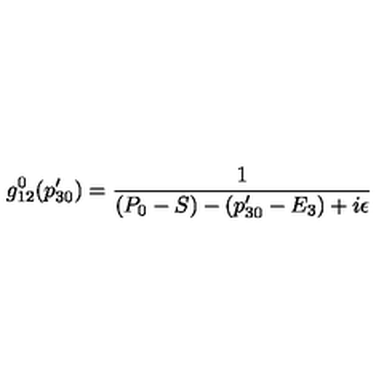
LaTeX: g _ { 1 2 } ^ { 0 } ( p _ { 3 0 } ^ { \prime } ) = { \frac { 1 } { ( P _ { 0 } - S ) - ( p _ { 3 0 } ^ { \prime } - E _ { 3 } ) + i \epsilon } }